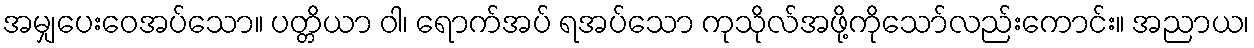
အမျှပေးဝေအပ်သော။ ပတ္တိယာ ဝါ၊ ရောက်အပ် ရအပ်သော ကုသိုလ်အဖို့ကိုသော်လည်းကောင်း။ အညာယ၊